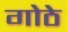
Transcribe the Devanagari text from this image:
गोठे